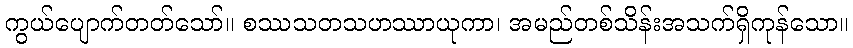
ကွယ်ပျောက်တတ်သော်။ စဿသတသဟဿာယုကာ၊ အမည်တစ်သိန်းအသက်ရှိကုန်သော။